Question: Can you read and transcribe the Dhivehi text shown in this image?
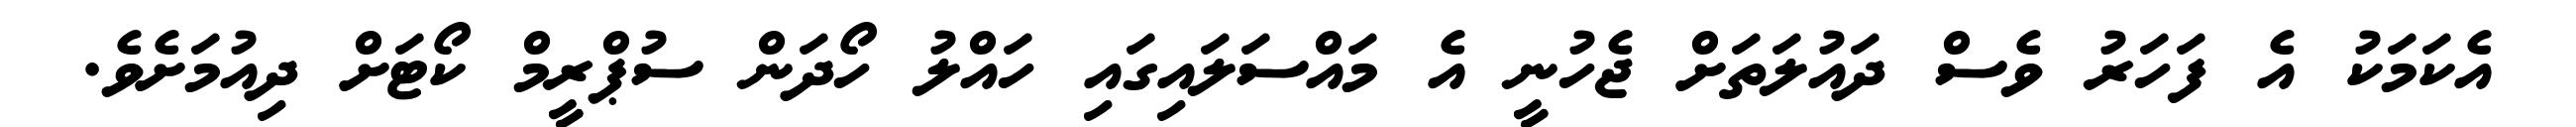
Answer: އެކަމަކު އެ ފަހަރު ވެސް ދައުލަތަށް ޖެހުނީ އެ މައްސަލައިގައި ހައްލު ހޯދަން ސުޕްރީމް ކޯޓަށް ދިއުމަށެވެ.